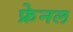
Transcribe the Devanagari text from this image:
फ्रेनल